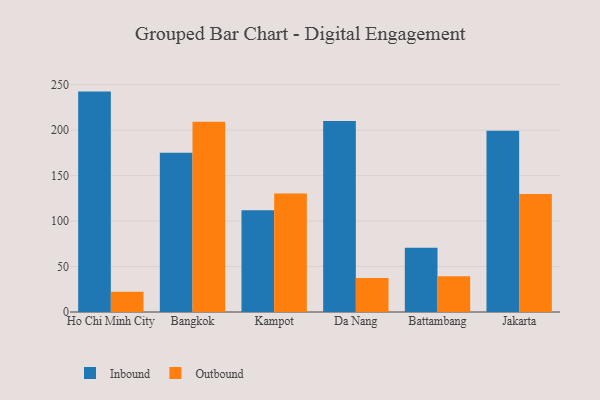
{"axis": {"x": "City", "y": "Shipments"}, "legend": ["Inbound", "Outbound"], "data": [{"x": "Ho Chi Minh City", "y": 242.4, "type": "Inbound"}, {"x": "Ho Chi Minh City", "y": 22.3, "type": "Outbound"}, {"x": "Bangkok", "y": 175.1, "type": "Inbound"}, {"x": "Bangkok", "y": 209.2, "type": "Outbound"}, {"x": "Kampot", "y": 111.9, "type": "Inbound"}, {"x": "Kampot", "y": 130.3, "type": "Outbound"}, {"x": "Da Nang", "y": 210.2, "type": "Inbound"}, {"x": "Da Nang", "y": 37.5, "type": "Outbound"}, {"x": "Battambang", "y": 70.6, "type": "Inbound"}, {"x": "Battambang", "y": 39.4, "type": "Outbound"}, {"x": "Jakarta", "y": 199.4, "type": "Inbound"}, {"x": "Jakarta", "y": 129.7, "type": "Outbound"}]}